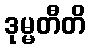
ဒုမ္မတီတိ